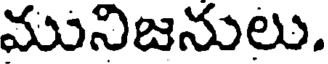
మునిజనులు.